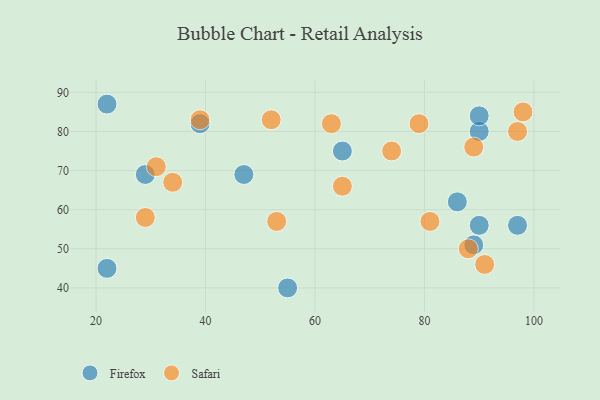
{"axis": {"x": "GDP", "y": "Life Expectancy"}, "legend": ["Firefox", "Safari"], "data": [{"x": "22", "y": 87, "type": "Firefox"}, {"x": "86", "y": 62, "type": "Firefox"}, {"x": "29", "y": 69, "type": "Firefox"}, {"x": "55", "y": 40, "type": "Firefox"}, {"x": "97", "y": 56, "type": "Firefox"}, {"x": "90", "y": 80, "type": "Firefox"}, {"x": "47", "y": 69, "type": "Firefox"}, {"x": "65", "y": 75, "type": "Firefox"}, {"x": "90", "y": 56, "type": "Firefox"}, {"x": "90", "y": 84, "type": "Firefox"}, {"x": "89", "y": 51, "type": "Firefox"}, {"x": "22", "y": 45, "type": "Firefox"}, {"x": "39", "y": 82, "type": "Firefox"}, {"x": "53", "y": 57, "type": "Safari"}, {"x": "98", "y": 85, "type": "Safari"}, {"x": "79", "y": 82, "type": "Safari"}, {"x": "34", "y": 67, "type": "Safari"}, {"x": "31", "y": 71, "type": "Safari"}, {"x": "39", "y": 83, "type": "Safari"}, {"x": "91", "y": 46, "type": "Safari"}, {"x": "89", "y": 76, "type": "Safari"}, {"x": "63", "y": 82, "type": "Safari"}, {"x": "65", "y": 66, "type": "Safari"}, {"x": "52", "y": 83, "type": "Safari"}, {"x": "97", "y": 80, "type": "Safari"}, {"x": "81", "y": 57, "type": "Safari"}, {"x": "88", "y": 50, "type": "Safari"}, {"x": "29", "y": 58, "type": "Safari"}, {"x": "74", "y": 75, "type": "Safari"}]}